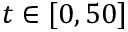
t \in [ 0 , 5 0 ]